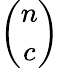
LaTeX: \binom{n}{c}